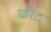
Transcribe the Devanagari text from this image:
जॅरेट